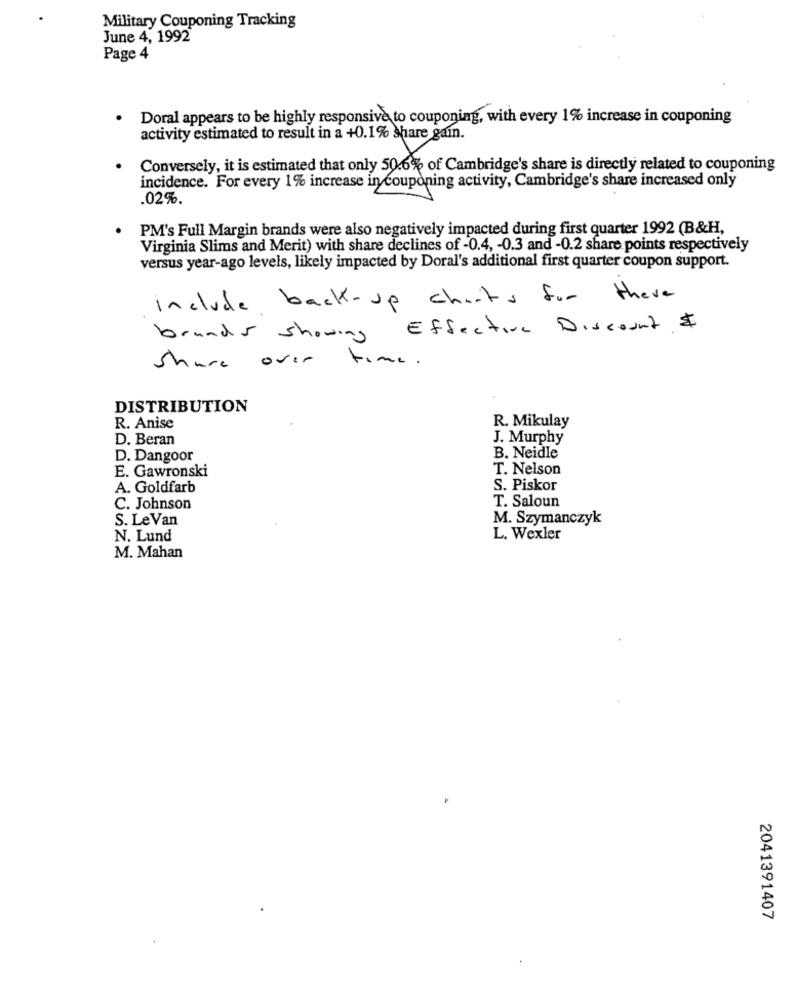
Military Couponing Tracking
June 4, 1992
Page 4
Doral appears to be highly responsive to couponing, with every 1% increase in couponing
activity estimated to result in a +0.1% share gain.
Conversely, it is estimated that only 50.6% of Cambridge's share is directly related to couponing
incidence. For every 1% increase in couponing activity, Cambridge's share increased only
.02%.
PM's Full Margin brands were also negatively impacted during first quarter 1992 (B&H,
Virginia Slims and Merit) with share declines of -0.4, - 0.3 and -0.2 share points respectively
versus year-ago levels, likely impacted by Doral's additional first quarter coupon support.
include back-up charts for these
brands showing Effective Discount $
Share over time.
DISTRIBUTION
R. Anise
R. Mikulay
D. Beran
J. Murphy
D. Dangoor
B. Neidle
E. Gawronski
T. Nelson
A. Goldfarb
S. Piskor
T. Saloun
C. Johnson
S. Le Van
M. Szymanczyk
N. Lund
L. Wexler
M. Mahan
2041391407